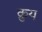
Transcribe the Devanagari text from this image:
क्रुय